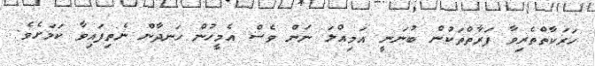
ހަރަކާތްތެރިވާ ފަރާތްތަކުން ބުނަނީ އަމިއްލަ ނަން ވެސް އެމީހުން ހަނދާން ނެތިފައިވާ ކަމަށެވެ.